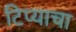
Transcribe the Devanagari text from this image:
टिप्याचा